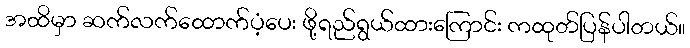
အထိမှာ ဆက်လက်ထောက်ပံ့ပေး ဖို့ရည်ရွယ်ထားကြောင်း ကထုတ်ပြန်ပါတယ်။